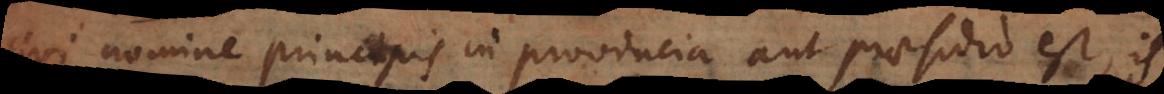
i nomine principis in provincia aut praesidio est, is